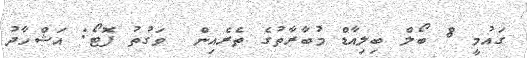
ގައުމީ 8 ބޯލް ބިލިއާޑް މުބާރާތުގެ ތެރެއިން  ވަގުތު ފޮޓޯ: އަޝްހާދު